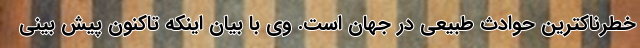
خطرناکترین حوادث طبیعی در جهان است. وی با بیان اینکه تاکنون پیش بینی